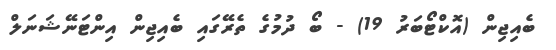
ބެއިޖިން (އޮކްޓޯބަރު 19) - ބޯ ދުމުގެ ތެރޭގައި ބެއިޖިން އިންޓަނޭޝަނަލް